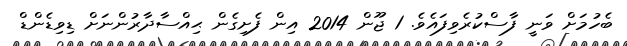
ބެހުމަށް ވަނީ ފާސްކުރެވިފައެވެ. 1 ޖޫން 2014 އިން ފެށިގެން ޙިއްސާދާރުންނަށް ޑިވިޑެންޑް